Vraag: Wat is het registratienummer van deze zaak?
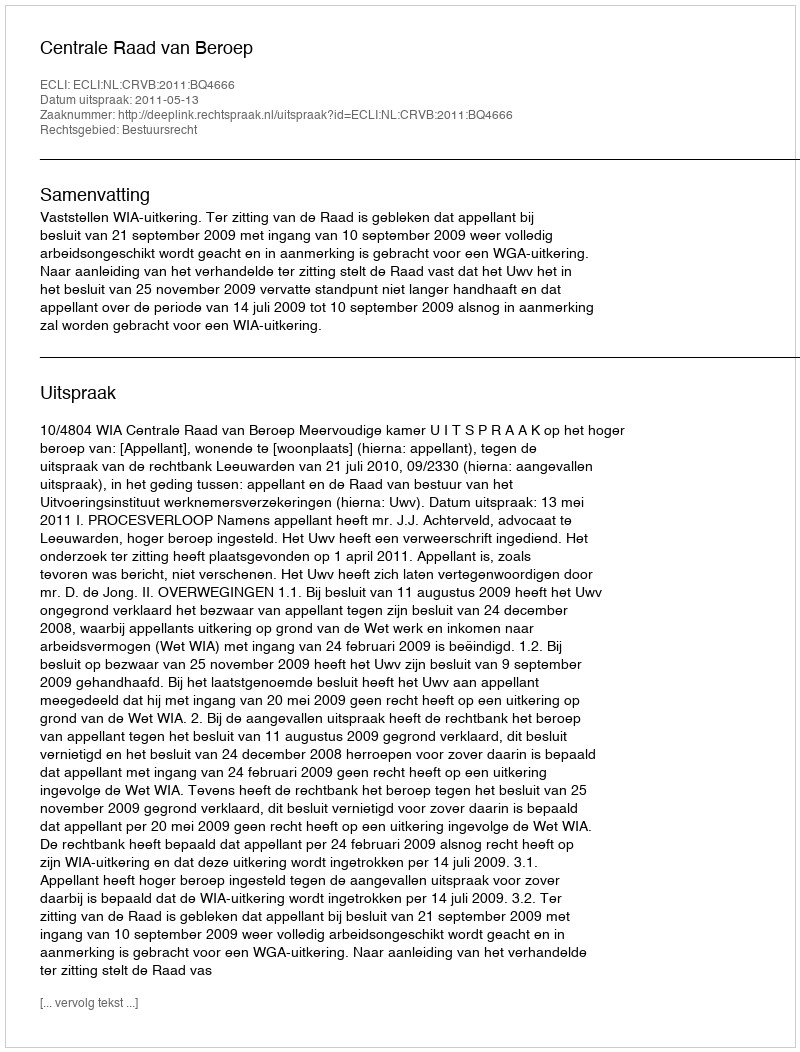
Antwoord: http://deeplink.rechtspraak.nl/uitspraak?id=ECLI:NL:CRVB:2011:BQ4666